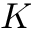
K